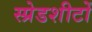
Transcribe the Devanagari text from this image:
स्प्रेडशीटों